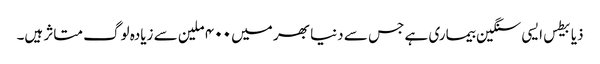
ذیابیطس ایسی سنگین بیماری ہے جس سے دنیا بھر میں ۴۰۰ ملین سے زیادہ لوگ متاثر ہیں۔